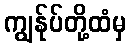
ကျွန်ုပ်တို့ထံမှ